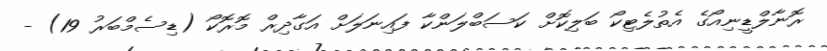
ރޮނާލްޑީނިއޯގެ އެތުލެޓިކޯ ބަލިކޮށް ކަސަބްލަންކާ ފައިނަލަށް އަގާދިރް މޮރޮކޯ (ޑިސެމްބަރު 19) -